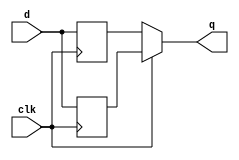
module top_module (
    input  clk,
    input  d,
    output q
);


    reg q_pos, q_nege;

    always @(posedge clk) begin
        q_pos <= d;
    end

    always @(negedge clk) begin
        q_nege <= d;
    end
    assign q = clk ? q_pos : q_nege;
endmodule